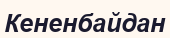
Кененбайдан